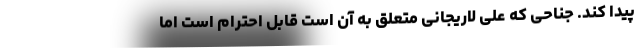
پیدا کند. جناحی که علی لاریجانی متعلق به آن است قابل احترام است اما